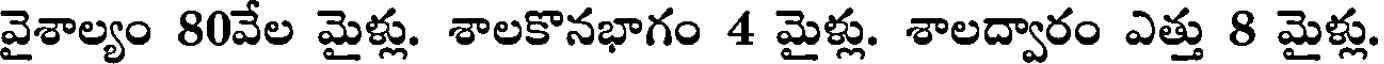
వైశాల్యం 80వేల మైళ్లు. శాలకొనభాగం 4 మైళ్లు. శాలద్వారం ఎత్తు 8 మైళ్లు